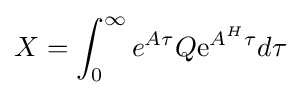
X=\int _{0}^{\infty }{e}^{A\tau }Q\mathrm {e} ^{A^{H}\tau }d\tau